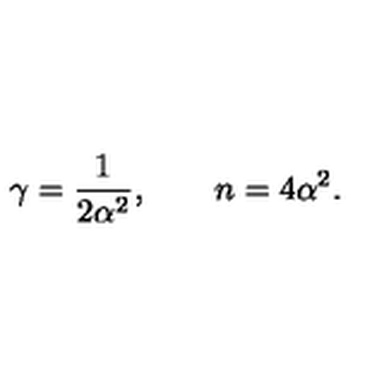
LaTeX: \gamma = \frac { 1 } { 2 \alpha ^ { 2 } } , \qquad n = 4 \alpha ^ { 2 } .